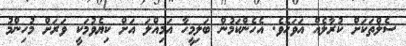
ސެލްތަކަށް ކުރާލެއް އަވަހެވެ. އެހެންކަމުން ބަލިމީހާ އަމިއްލަ އަށް ކިޔެވުމަކީ ވަރަށް މުހިންމު